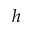
h